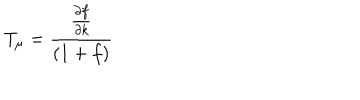
T _ { \mu } = \frac { \frac { \partial f } { \partial k } } { ( 1 + f ) }